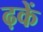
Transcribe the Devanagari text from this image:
ढ़कें